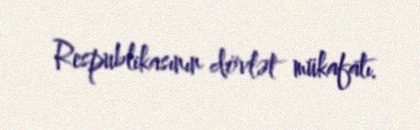
Respublikasının dövlət mükafatı.